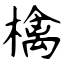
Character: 檎